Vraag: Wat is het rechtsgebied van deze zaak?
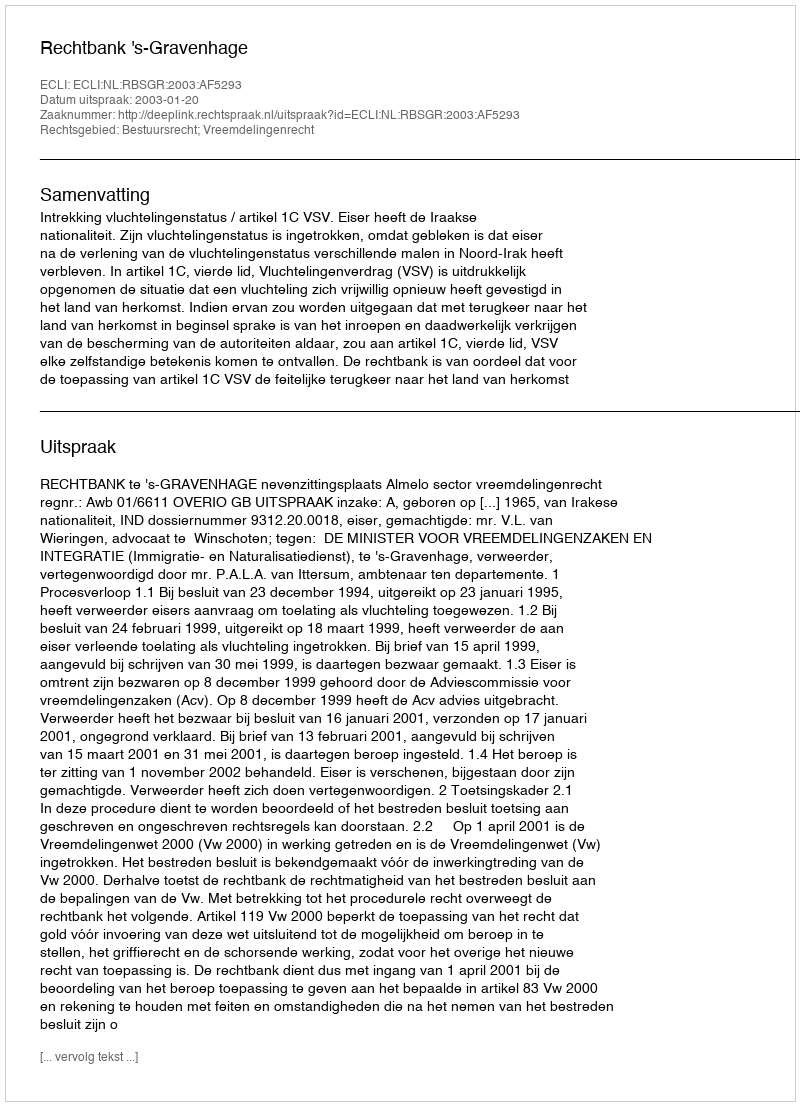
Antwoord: Bestuursrecht; Vreemdelingenrecht